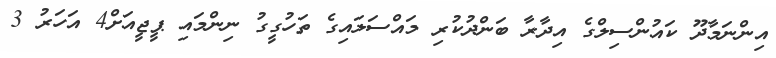
އިންނަމާދޫ ކައުންސިލްގެ އިދާރާ ބަންދުކުރި މައްސަލައިގެ ތަހުގީގު ނިންމައި ޕީޖީއަށް4 އަހަރު 3